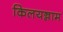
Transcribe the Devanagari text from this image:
किलयन्नाम